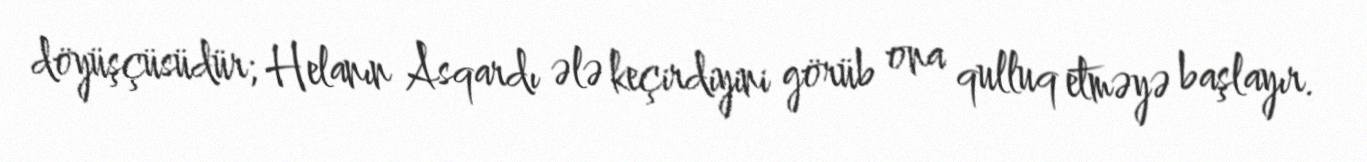
döyüşçüsüdür; Helanın Asqardı ələ keçirdiyini görüb ona qulluq etməyə başlayır.